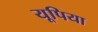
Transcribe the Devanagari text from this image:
यूपिया